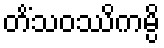
တိံသဝဿိကမ္ပိ